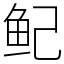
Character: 鱾